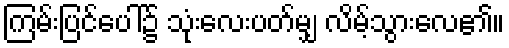
ကြမ်းပြင်ပေါ်၌ သုံးလေးပတ်မျှ လိမ့်သွားလေ၏။